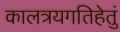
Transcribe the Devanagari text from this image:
कालत्रयगतिहेतुं